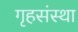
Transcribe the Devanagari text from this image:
गृहसंस्था